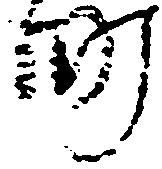
町